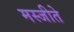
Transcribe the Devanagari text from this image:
मस्जीते